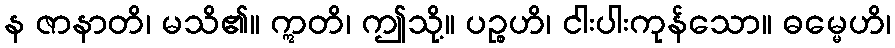
န ဇာနာတိ၊ မသိ၏။ ဣတိ၊ ဤသို့။ ပဉ္စဟိ၊ ငါးပါးကုန်သော။ ဓမ္မေဟိ၊